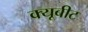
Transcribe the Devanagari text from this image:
क्यूबीट